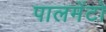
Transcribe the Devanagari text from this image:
पालमेंटो